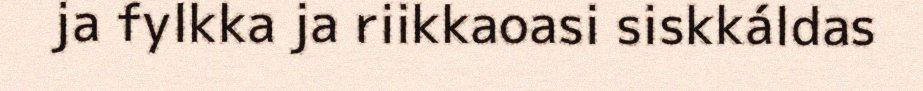
ja fylkka ja riikkaoasi siskkáldas